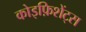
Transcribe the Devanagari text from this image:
कोइफ़िशेंट्स